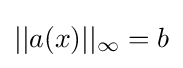
||a(x)||_{\infty }=b